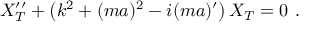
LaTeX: X _ { T } ^ { \prime \prime } + \left( k ^ { 2 } + ( m a ) ^ { 2 } - i ( m a ) ^ { \prime } \right) X _ { T } = 0 \ .